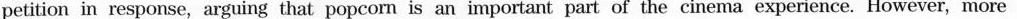
petition in response, arguing that popcorn is an important part of the cinema experience. However, more